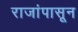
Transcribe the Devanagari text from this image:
राजांपासून